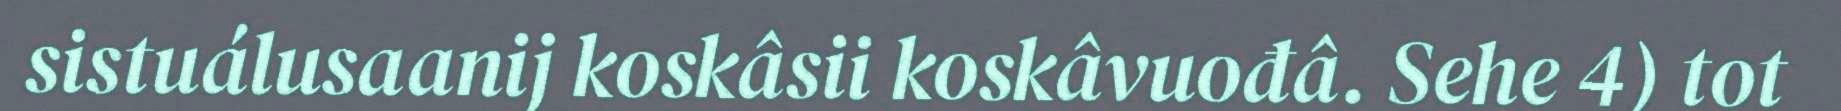
sistuálusaanij koskâsii koskâvuođâ. Sehe 4) tot